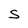
Character: S